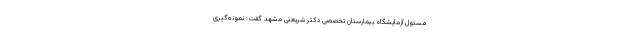
مسئول آزمایشگاه بیمارستان تخصصی دکتر شریعتی مشهد گفت: نمونه‌گیری